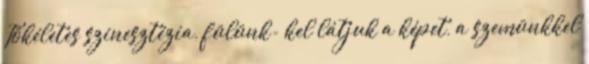
Tökéletes szinesztézia, fülünk- kel látjuk a képet, a szemünkkel